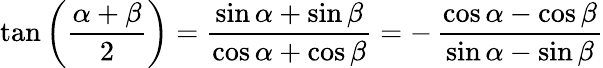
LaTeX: \tan\left({\frac{\alpha+\beta}{2}}\right)={\frac{\sin\alpha+\sin\beta}{\cos\alpha+\cos\beta}}=-\, {\frac{\cos\alpha-\cos\beta}{\sin\alpha-\sin\beta}}